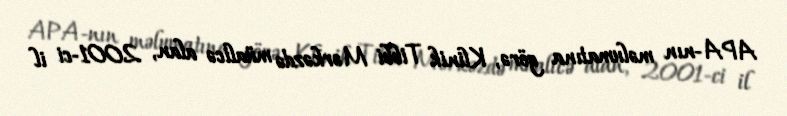
APA-nın məlumatına görə, Klinik Tibbi Mərkəzdə müalicə alan, 2001-ci il